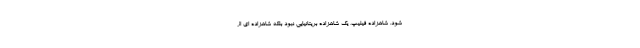
شود. شاهزاده فیلیپ، یک شاهزاده بریتانیایی نبود بلکه شاهزاده ای از